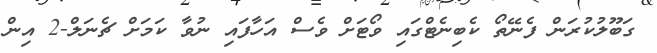
ގަބޫލުކުރަން ފެނޭތޯ ކެބިނެޓްގައި ވޯޓަށް ވެސް އަހާފައި ނުވާ ކަމަށް ޗެނަލް-2 އިން